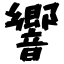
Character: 響